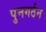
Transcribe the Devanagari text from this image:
पुनगर्ठन